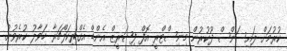
ކުރުމަށް ލައިސަންސް ދޫކުރުން މިނިސްޓްރީ އޮފް ފިޝަރީޒް އެންޑް އެގްރިކަލްޗަރާ ހަވާލު ކުރެވުނު.